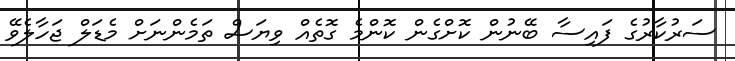
ސަރުކާރުގެ ފައިސާ ބޭނުން ކޮށްގެން ކޮންމެ ގޮތެއް ވިޔަސް ތަމެންނަށް މެޑަލް ޖަހާލެވޭ